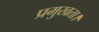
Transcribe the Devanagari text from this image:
प्रमुखता।